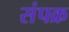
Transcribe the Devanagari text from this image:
संपक्र